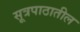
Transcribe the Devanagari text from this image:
सूत्रपाठातील